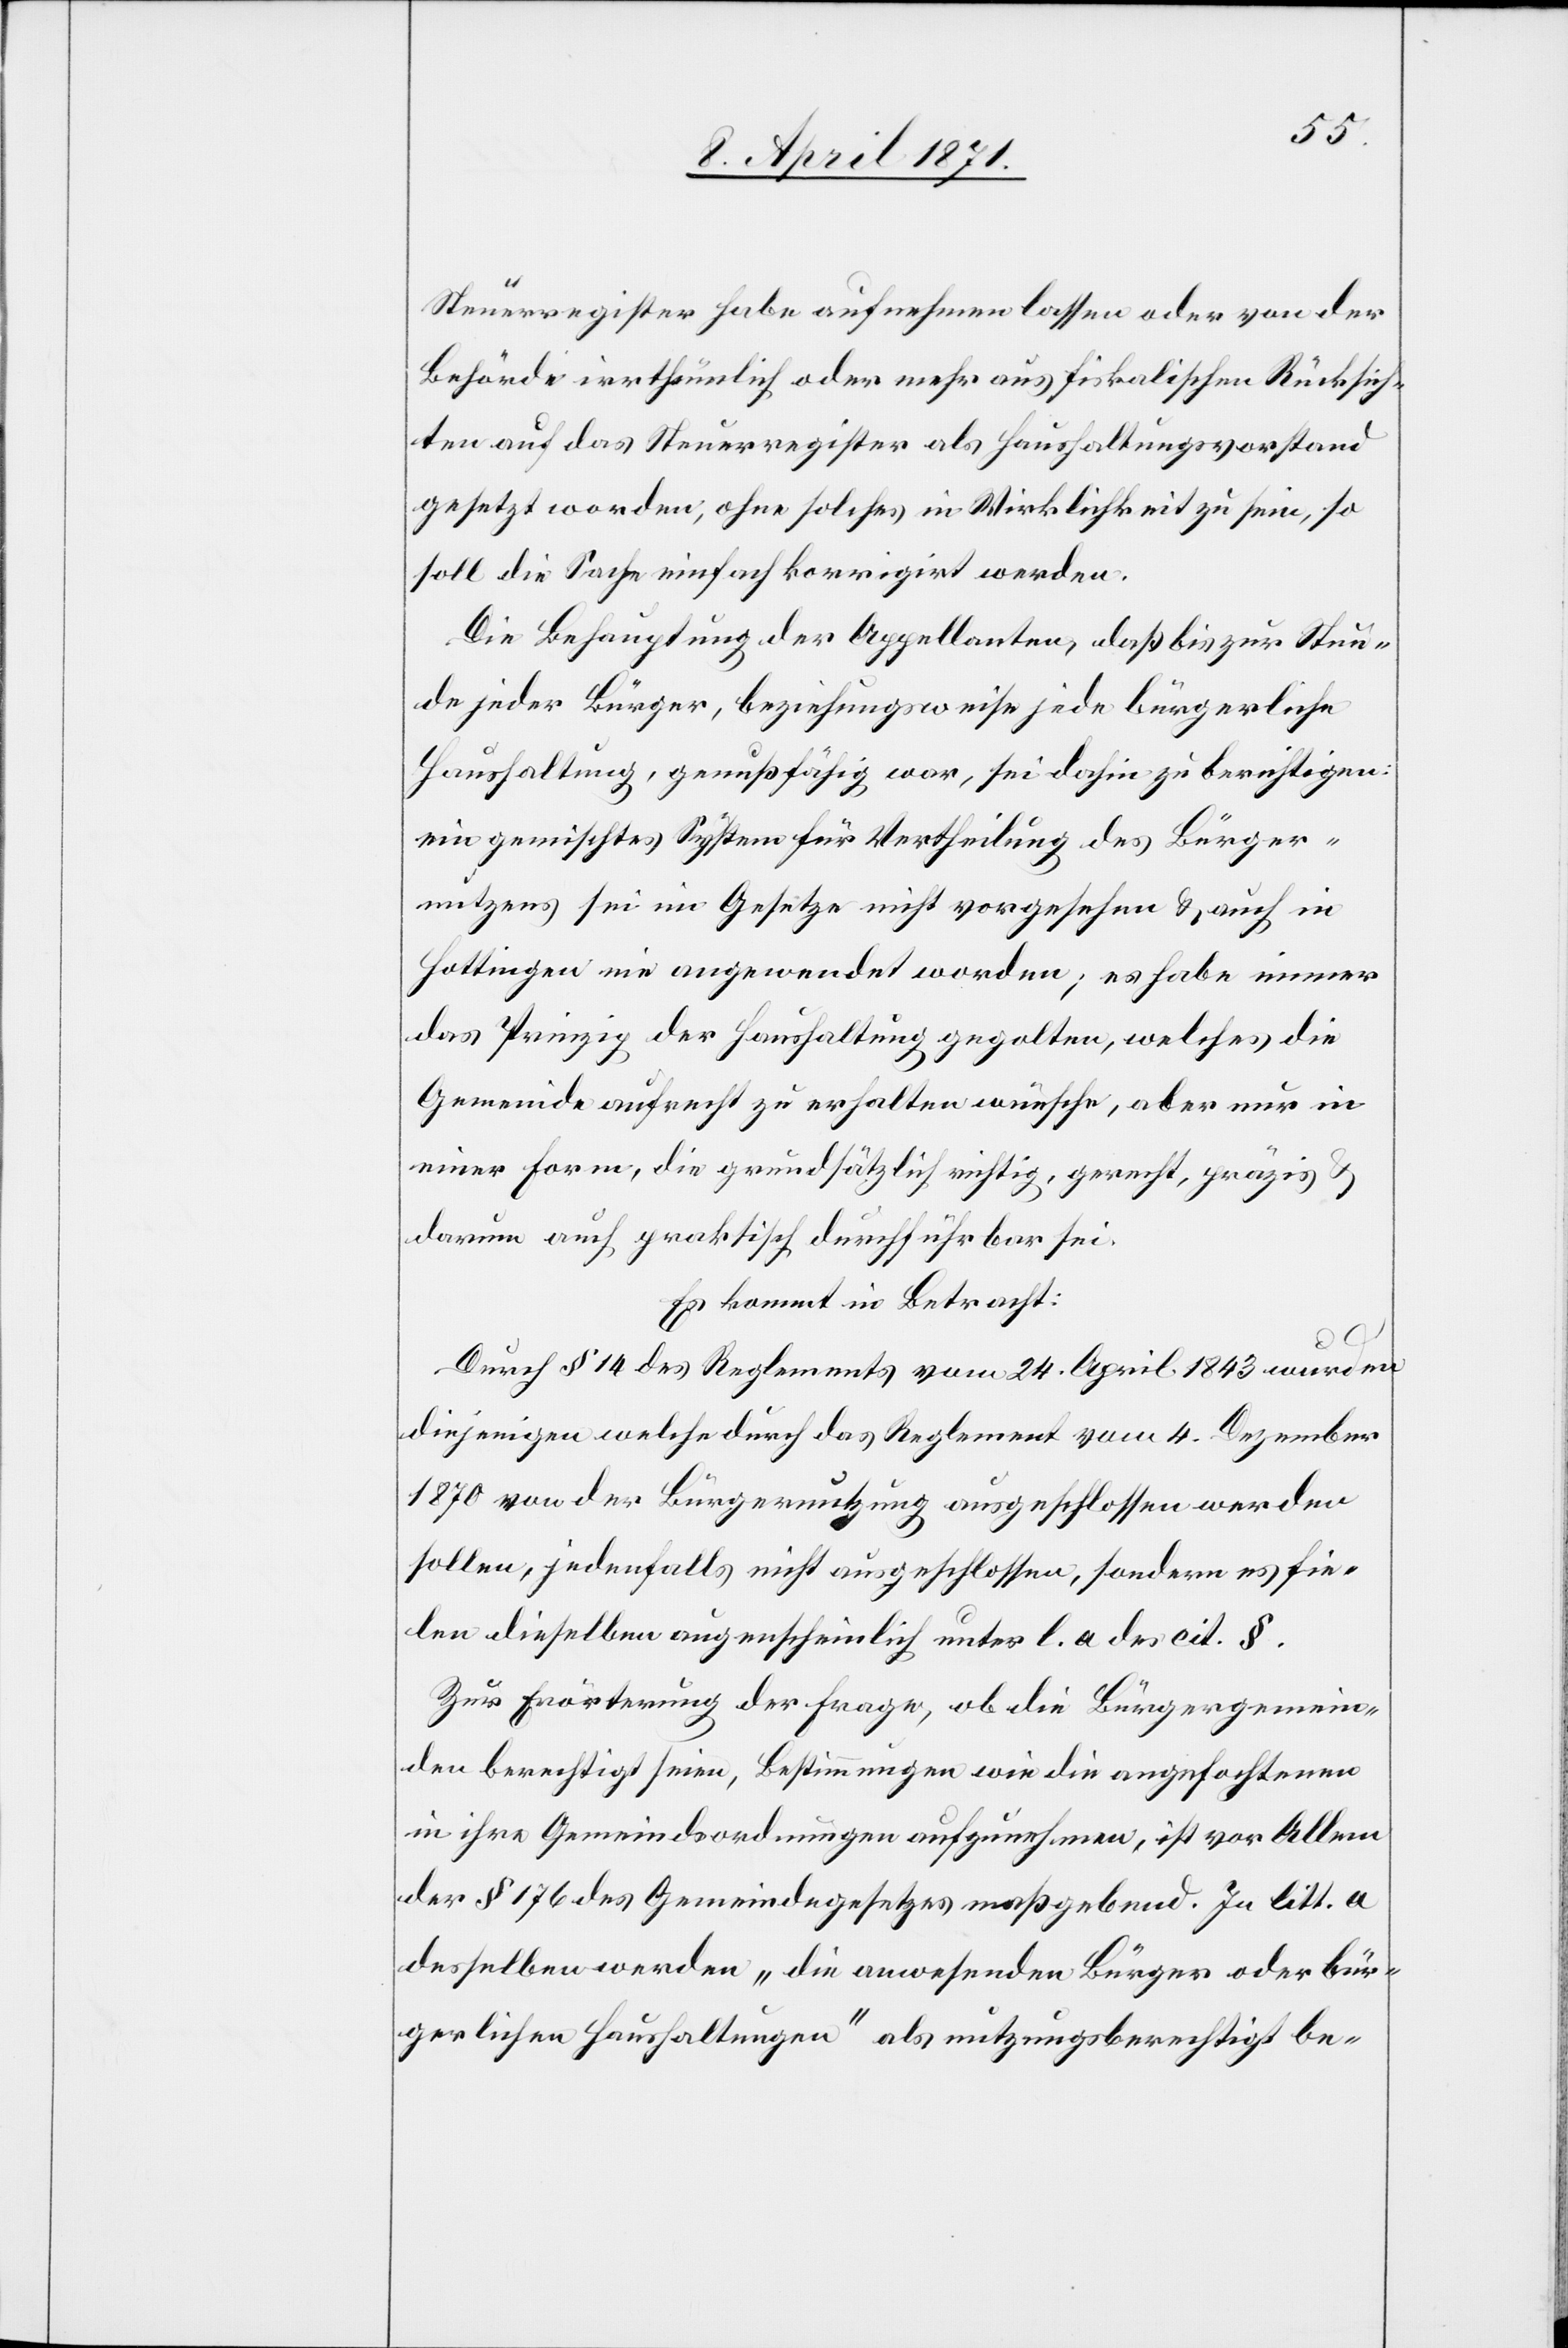
Steuerregister habe aufnehmen lassen oder von der
Behörde irrthümlich oder mehr aus fiskalischen Rücksich¬
ten auf das Steuerregister als Haushaltungsvorstand
gesetzt worden, ohne solches in Wirklichkeit zu sein, so
soll die Sache einfach korrigirt werden.
Die Behauptung der Appellanten, daß bis zur Stun¬
de jeder Bürger, beziehungsweise jede bürgerliche
Haushaltung, genußfähig war, sei dahin zu berichtigen:
ein gemischtes System für Vertheilung des Bürger¬
nutzens sei im Gesetze nicht vorgesehen u. auch in
Hottingen nie angewendet worden; es habe immer
das Prinzip der Haushaltung gegolten, welches die
Gemeinde aufrecht zu erhalten wünsche, aber nur in
einer Form, die grundsätzlich richtig, gerecht, präzis u.
darum auch praktisch durchführbar sei.
Es kommt in Betracht:
Durch § 14 des Reglements vom 24. April 1843 wurden
diejenigen welche durch das Reglement vom 4. Dezember
1870 von der Bürgernutzung ausgeschlossen werden
sollen, jedenfalls nicht ausgeschlossen, sondern es fie¬
len dieselben augenscheinlich unter l. a des cit §.
Zur Erörterung der Frage, ob die Bürgergemein¬
den berechtig seien, Bestimmungen wie die angefochtenen
in ihre Gemeindsordnung aufzunehmen, ist vor Allem
der § 176 des Gemeindegesetzes maßgebend. In litt. a
desselben werden „die anwesenden Bürger oder bür¬
gerliche Haushaltungen“ als nutzungsberechtigt be-